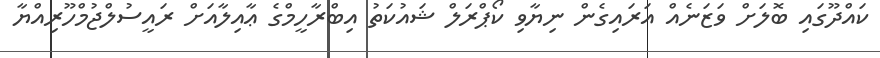
ކައްދޫގައި ބޮލަށް ވަޒަނެއް އަރައިގެން ނިޔާވި ކޯޕްރަލް ޝައުކަތު އިބްރާހީމްގެ ޢާއިލާއަށް ރައީސުލްޖުމްހޫރިއްޔާ